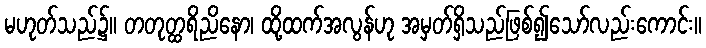
မဟုတ်သည်၌။ တတုတ္ထရိညိနော၊ ထို့ထက်အလွန်ဟု အမှတ်ရှိသည်ဖြစ်၍သော်လည်းကောင်း။